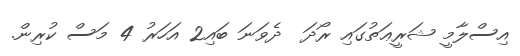
އިސްލާމީ ޝަރީޢަތުގައި ރޯދަ  ދެވަނަ ބައި2 އަހަރު 4 މަސް ކުރިން.